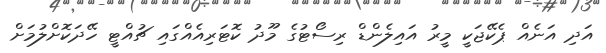
އަދި އަނެއް ޕެކޭޖަކީ މީރު އައިލެންޑް ރިސޯޓުގެ މޫދު ކޮޓަރިއެއްގައި ޗުއްޓީ ހޭދަކޮށްލުމަށް